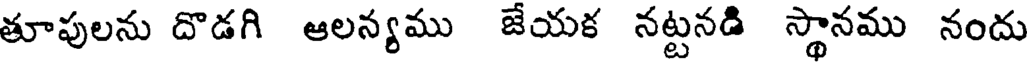
తూపులను దొడగి ఆలన్యము జేయక నట్టనడి స్థానము నందు